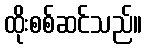
ထိုးစစ်ဆင်သည်။